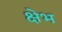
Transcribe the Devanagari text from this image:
क्षेभ